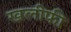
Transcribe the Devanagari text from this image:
खलीफी